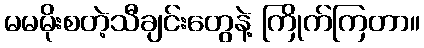
မမမိုးစတဲ့သီချင်းတွေနဲ့ ကြိုက်ကြတာ။